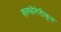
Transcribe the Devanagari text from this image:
सल्फोनेटीकृत